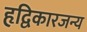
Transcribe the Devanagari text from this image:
हृद्विकारजन्य